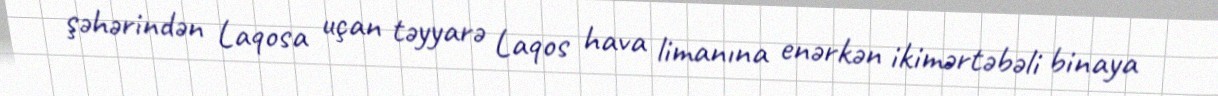
şəhərindən Laqosa uçan təyyarə Laqos hava limanına enərkən ikimərtəbəli binaya